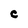
Character: C